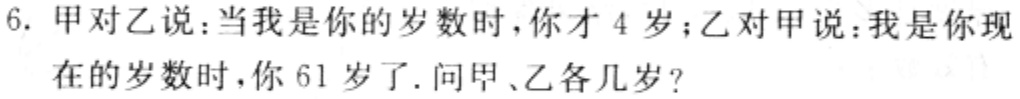
6. 甲对乙说：当我是你的岁数时，你才 4 岁；乙对甲说：我是你现在的岁数时，你 61 岁了. 问甲、乙各几岁?